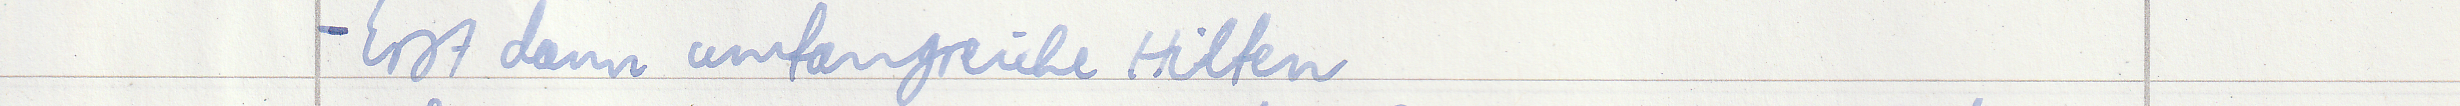
- Erst dann umfangreiche Hilfen